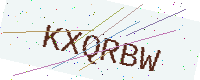
Text: KXQRBW